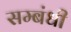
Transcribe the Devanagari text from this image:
सम्‍बंधी